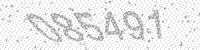
Solution: 085491